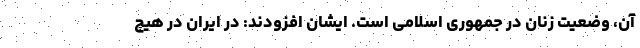
آن، وضعیت زنان در جمهوری اسلامی است. ایشان افزودند: در ایران در هیچ